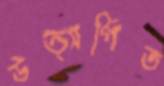
উত্সর্গিত